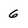
Character: 6